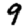
Digit: 9